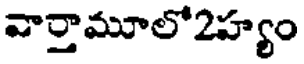
వార్తామూలో2హ్యం